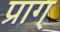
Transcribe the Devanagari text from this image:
प्राग्